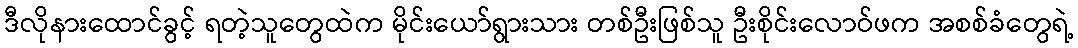
ဒီလိုနားထောင်ခွင့် ရတဲ့သူတွေထဲက မိုင်းယော်ရွားသား တစ်ဦးဖြစ်သူ ဦးစိုင်းလောဝ်ဖက အစစ်ခံတွေရဲ့